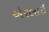
એરલાઇ